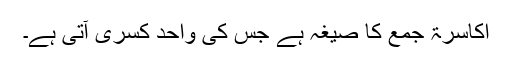
اکاسرۃ جمع کا صیغہ ہے جس کی واحد کِسۡرَی آتی ہے۔